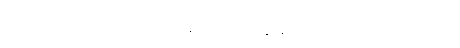
မြင်ဖူးသည်ဟု အညှာမှာ တကယ့်နောက်ဆုံး ဘဒ္ဒန္တစန္ဒိမာဘိဝံသက သက်ရှိမဟုတ်သော